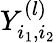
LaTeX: Y_{i_{1},i_{2}}^{(l)}